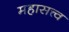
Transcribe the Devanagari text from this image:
महासत्त्व